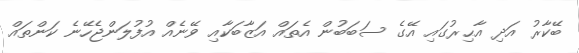
ބޭކާރު އަދި އާޙިރުގައި އޭގެ ސަބަބުން އެތައް އަޒާބަކާއި ވޭނެއް އުފުލަންޖެހޭނެ ކަންތައް